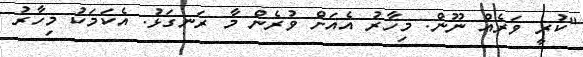
"ކުރީ ވަރެއް ނޫން. މިހާރު އެއަށް ވުރެން މާ ރަނގަޅު. އެކަމަކު މިހާރު